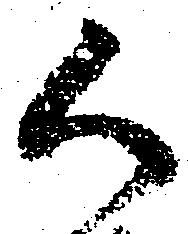
候